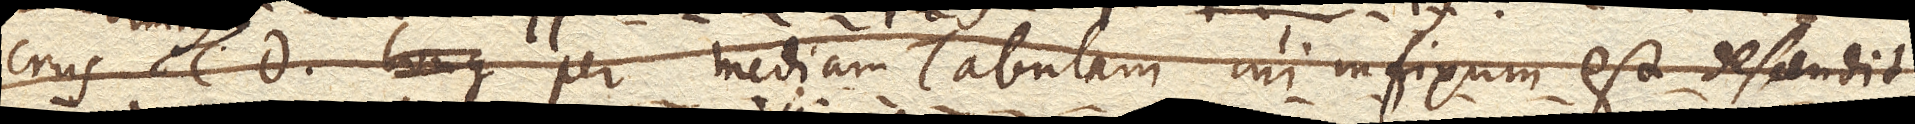
crus CD. per mediam Tabulam cui infixum est descendit